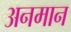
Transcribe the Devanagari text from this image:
अनमान